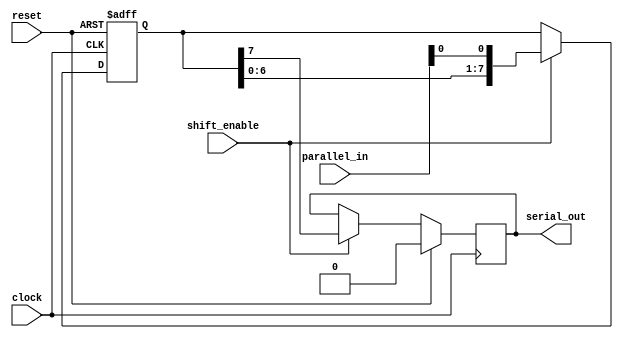
module PISO_shift_register (
  input wire [7:0] parallel_in,
  input wire clock,
  input wire shift_enable,
  input wire reset,
  output reg serial_out
);

reg [7:0] data_reg;

always @ (posedge clock or posedge reset) begin
  if (reset) begin
    data_reg <= 8'b0;
  end else if (shift_enable) begin
    data_reg <= {data_reg[6:0], parallel_in[0]};
  end
end

always @ (posedge clock) begin
  if (reset) begin
    serial_out <= 1'b0;
  end else if (shift_enable) begin
    serial_out <= data_reg[7];
  end
end

endmodule